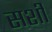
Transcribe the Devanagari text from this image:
सशी